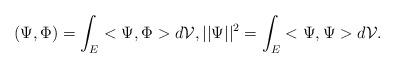
LaTeX: \begin{align*} (\Psi,\Phi) = \int_E <\Psi,\Phi>d\mathcal{V},||\Psi||^2 = \int_E <\Psi,\Psi>d\mathcal{V}.\end{align*}